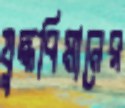
যুদ্ধবিমানের